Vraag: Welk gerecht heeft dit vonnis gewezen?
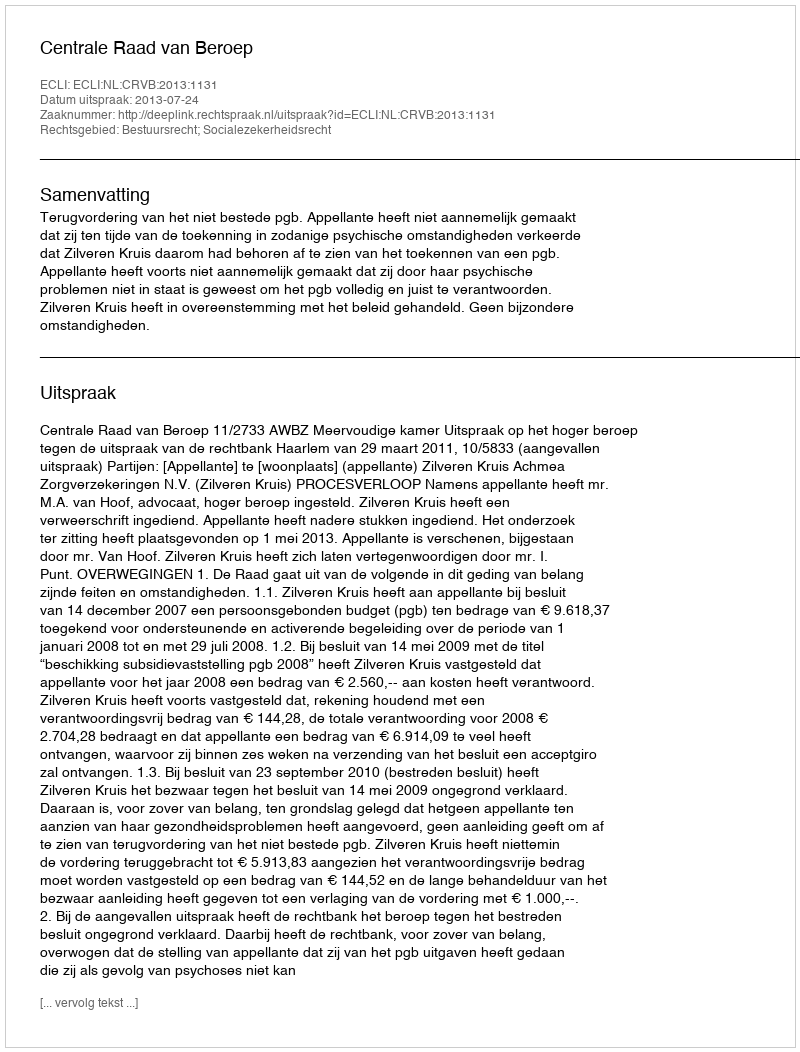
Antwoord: Centrale Raad van Beroep